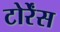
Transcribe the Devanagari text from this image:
टोर्रेंस